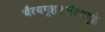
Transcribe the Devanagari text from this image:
चैत्यगृह।चैत्यगृहे